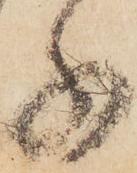
子